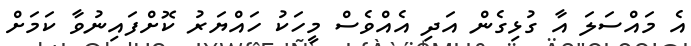
އެ މައްސަލަ އާ ގުޅިގެން އަދި އެއްވެސް މީހަކު ހައްޔަރު ކޮށްފައިނުވާ ކަމަށް